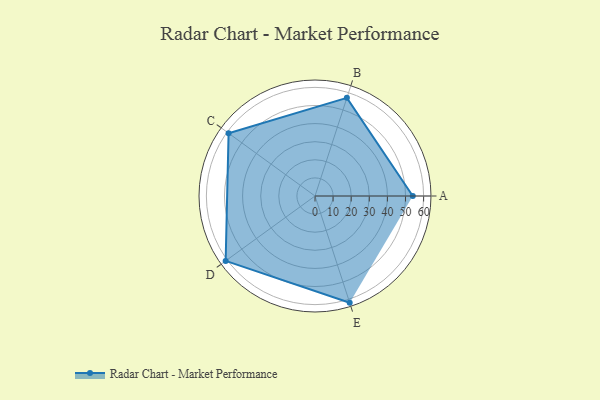
{"axis": {"x": "Skill", "y": "Score"}, "legend": ["Profile"], "data": [{"x": "A", "y": 54.0, "type": "Profile"}, {"x": "B", "y": 57.0, "type": "Profile"}, {"x": "C", "y": 59.0, "type": "Profile"}, {"x": "D", "y": 61.0, "type": "Profile"}, {"x": "E", "y": 62.0, "type": "Profile"}]}